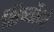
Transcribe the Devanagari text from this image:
शिष्यौंको